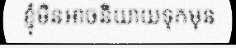
ខ្ញុំមិនអាចនិយាយទុកមុន